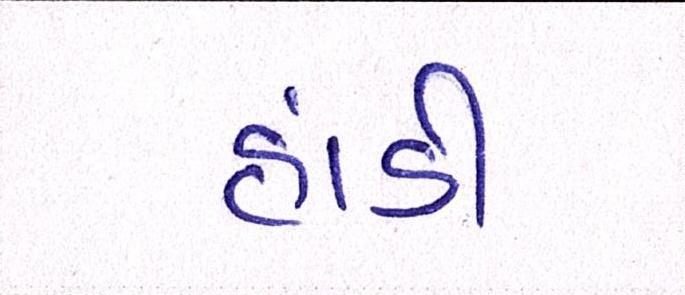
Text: હાંડી